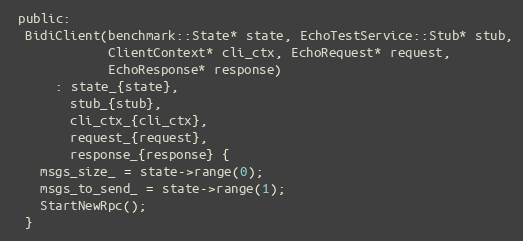
Language: C
 public:
  BidiClient(benchmark::State* state, EchoTestService::Stub* stub,
             ClientContext* cli_ctx, EchoRequest* request,
             EchoResponse* response)
      : state_{state},
        stub_{stub},
        cli_ctx_{cli_ctx},
        request_{request},
        response_{response} {
    msgs_size_ = state->range(0);
    msgs_to_send_ = state->range(1);
    StartNewRpc();
  }